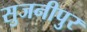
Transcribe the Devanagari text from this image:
सुजनीपुर